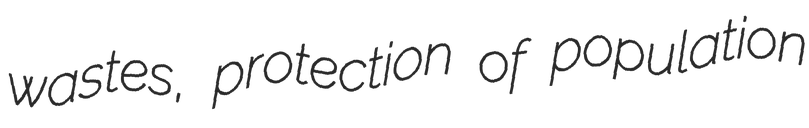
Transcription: wastes, protection of population